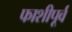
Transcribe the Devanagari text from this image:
फाशीपूर्व